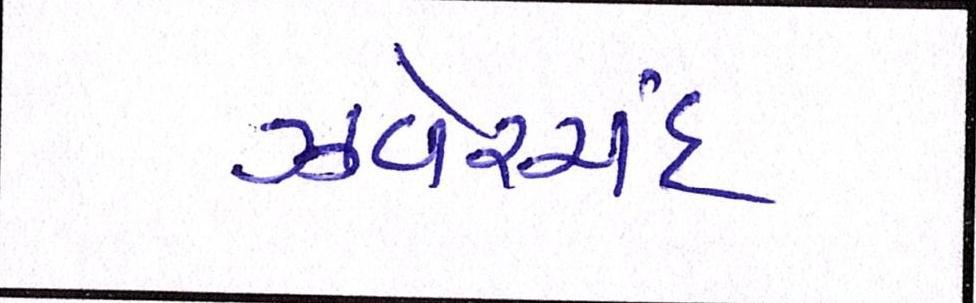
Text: ઝવેરચંદ